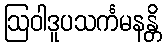
ဩဝါဒူပသင်္ကမနန္တိ